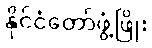
နိုင်ငံတော်ဖွံ့ဖြိုး